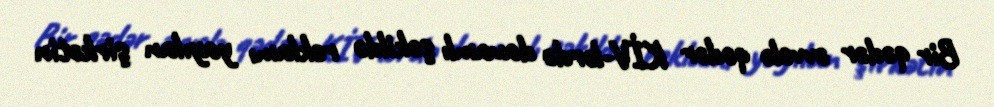
Bir qədər əvvələ qədər KİV-lərdə davamlı şəkildə reklamı yayılan şirkətin